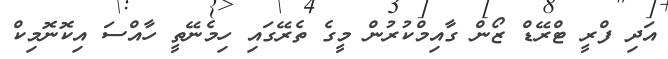
އަދި ފްރީ ޓްރޭޑް ޒޯން ގާއިމްކުރުން މީގެ ތެރޭގައި ހިމެނޭތީ ހާއްސަ އިކޮނޮމިކް